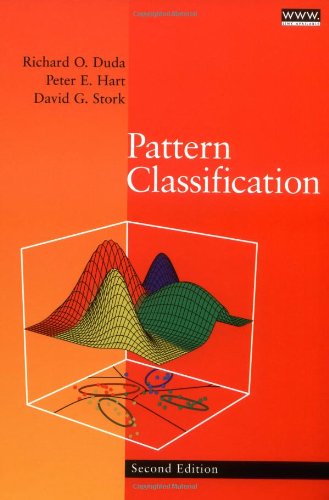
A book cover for Pattern Classification (Pt.1); Richard O. Duda; Computers & Technology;